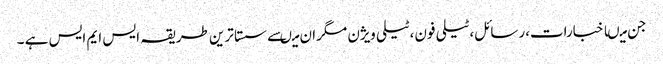
جن میںاخبارات،رسائل،ٹیلی فون،ٹیلی ویژن مگران میںسے سستا ترین طریقہ ایس ایم ایس ہے ۔